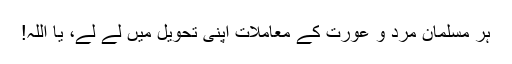
ہر مسلمان مرد و عورت کے معاملات اپنی تحویل میں لے لے، یا اللہ!